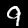
Label: 9